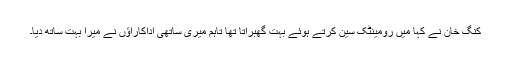
کنگ خان نے کہا میں رومینٹک سین کرتے ہوئے بہت گھبراتا تھا تاہم میری ساتھی اداکاراؤں نے میرا بہت ساتھ دیا۔